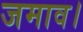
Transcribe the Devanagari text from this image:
जमाव।